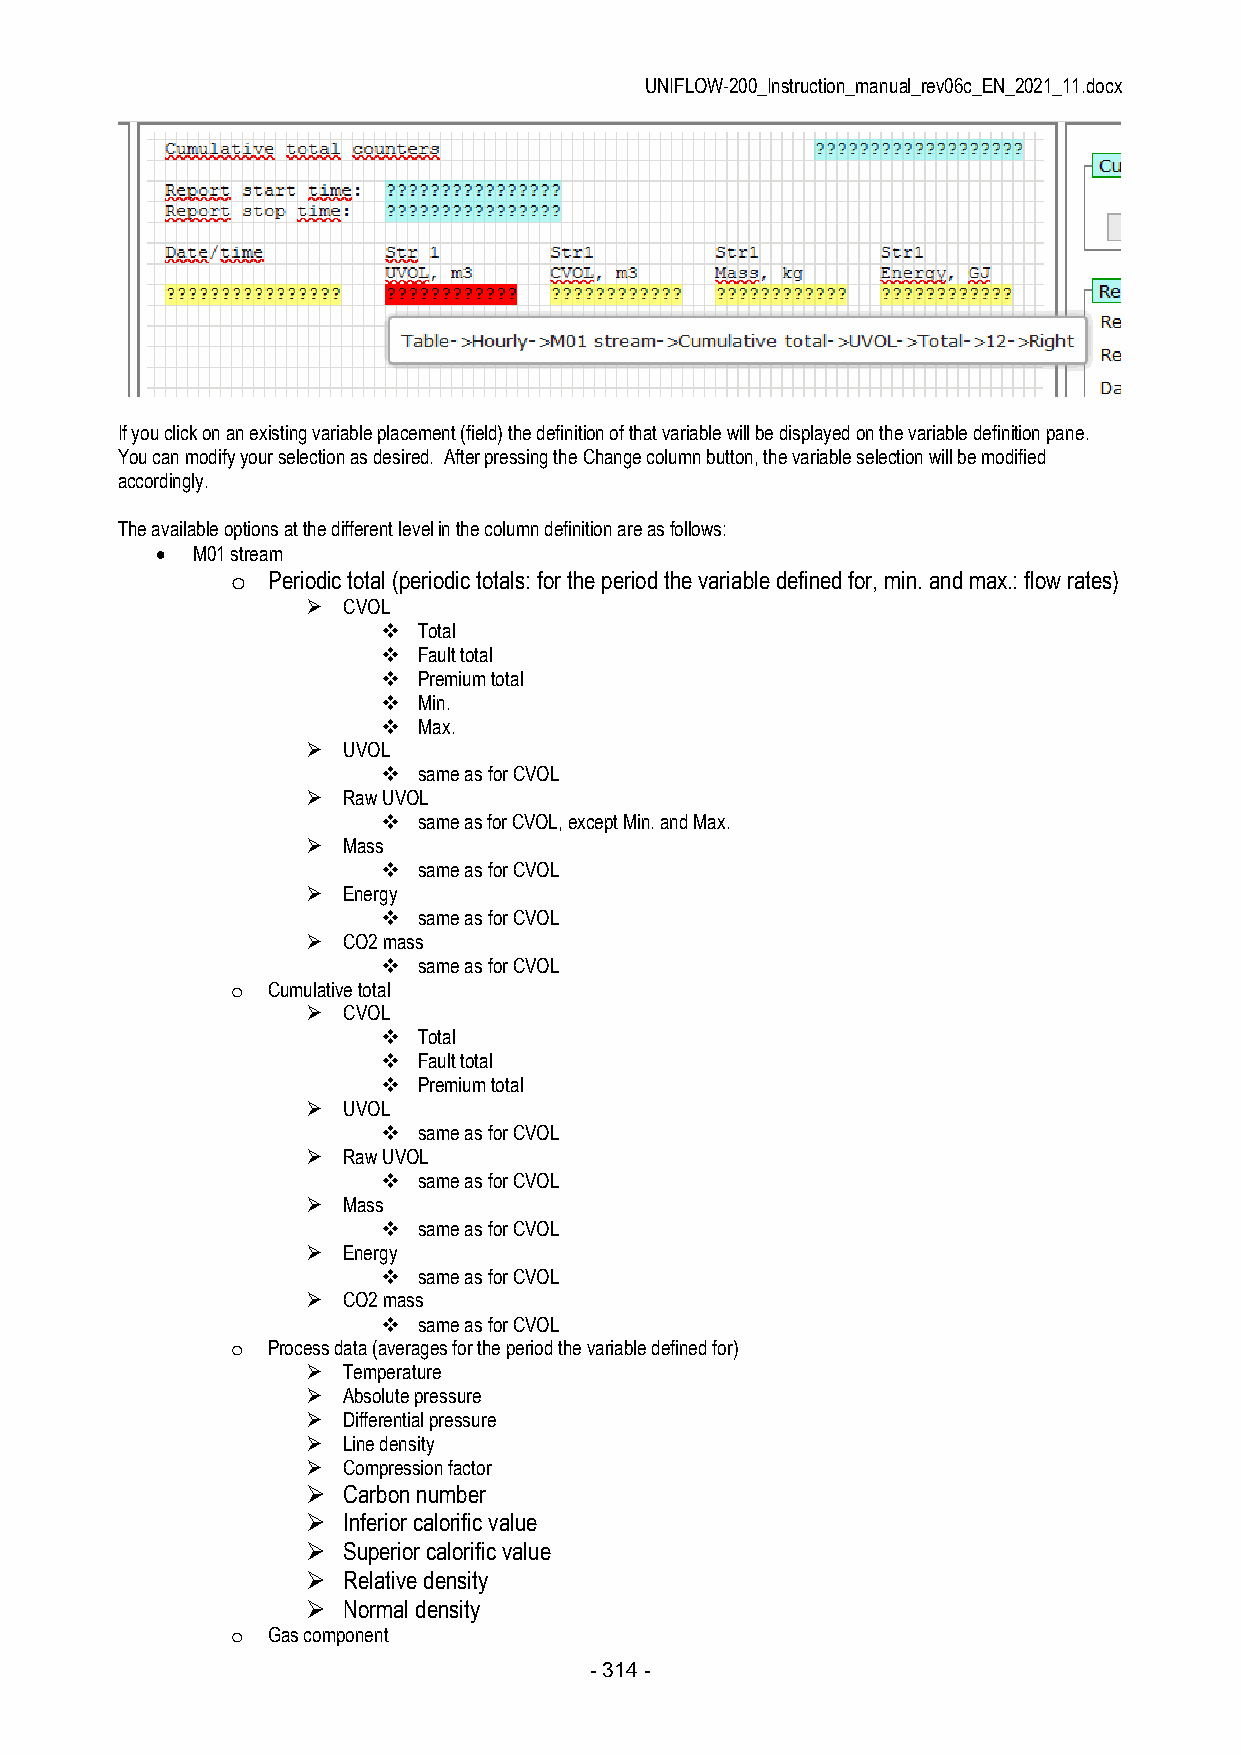
UNIFLOW-200_Instruction_manual_rev06c_EN_2021_11.docx
 If you click on an existing variable placement (field) the definition of that variable will be displayed on the variable definition pane.
 You can modify your selection as desired. After pressing the Change column button, the variable selection will be modified
 accordingly.
 The available options at the different level in the column definition are as follows:
   M01 stream
 o  Periodic total (periodic totals: for the period the variable defined for, min. and max.: flow rates)
   CVOL
   Total
   Fault total
   Premium total
   Min.
   Max.
   UVOL
   same as for CVOL
   Raw UVOL
   same as for CVOL, except Min. and Max.
   Mass
   same as for CVOL
   Energy
   same as for CVOL
   CO2 mass
   same as for CVOL
 o  Cumulative total
   CVOL
   Total
   Fault total
   Premium total
   UVOL
   same as for CVOL
   Raw UVOL
   same as for CVOL
   Mass
   same as for CVOL
   Energy
   same as for CVOL
   CO2 mass
   same as for CVOL
 o  Process data (averages for the period the variable defined for)
   Temperature
   Absolute pressure
   Differential pressure
   Line density
   Compression factor
   Carbon number
   Inferior calorific value
   Superior calorific value
   Relative density
   Normal density
 o  Gas component
 - 314 -